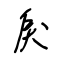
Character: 戾